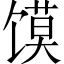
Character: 馍